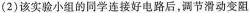
(2)该实验小组的同学连接好电路后，调节滑动变阻